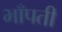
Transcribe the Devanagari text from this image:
भाँपती